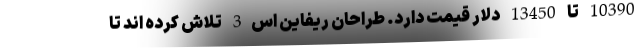
10390 تا 13450 دلار قیمت دارد. طراحان ریفاین اس3 تلاش کرده اند تا